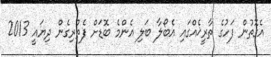
އެގޮތުން ފަހުގެ ތާރީޚެއްގައި އެބޯލާ ބަލި އެންމެ ބޮޑަށް ފެތުރިގެން ދިޔައީ 2013